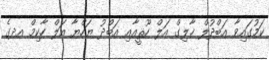
ކަމުގައިވާ އަބްދުލް ޚާލިގް އަލް ހޫޘީއާއި އަބްދު ޔަހްޔާ އަލް ހާކިމް އދގެ